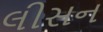
લીસન